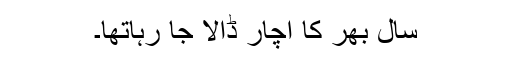
سال بھر کا اچار ڈالا جا رہاتھا۔